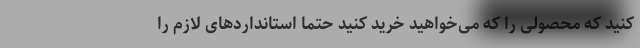
کنید که محصولی را که می‌خواهید خرید کنید حتما استانداردهای لازم را